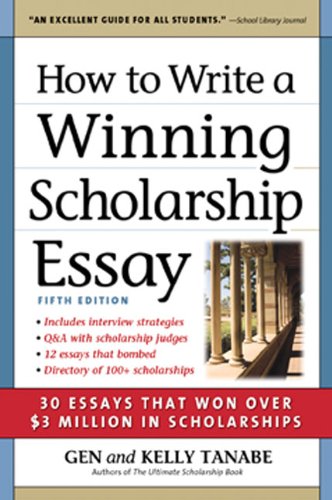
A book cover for How to Write a Winning Scholarship Essay: 30 Essays That Won Over $3 Million in Scholarships; Gen Tanabe; Education & Teaching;